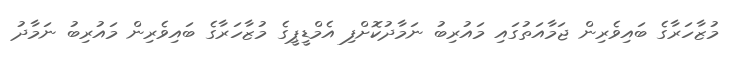
މުޒާހަރާގެ ބައިވެރިން ޖަމާއަތުގައި މައުރިބު ނަމާދުކޮށްފި އެމްޑީޕީގެ މުޒާހަރާގެ ބައިވެރިން މައުރިބު ނަމާދު